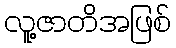
လူ့ဇာတိအဖြစ်